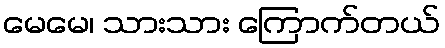
မေမေ၊ သားသား ကြောက်တယ်